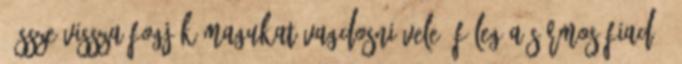
"Össze-vissza fogják magukat vagdosni vele. Főleg a sármos fiad."